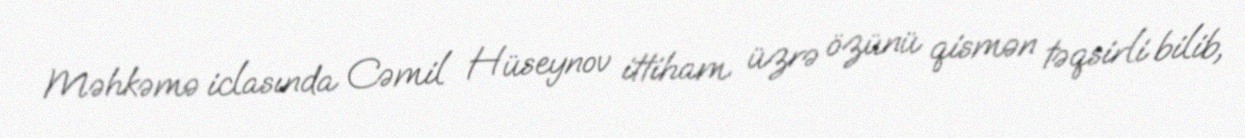
Məhkəmə iclasında Cəmil Hüseynov ittiham üzrə özünü qismən təqsirli bilib,